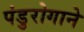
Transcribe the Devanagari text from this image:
पंडुरोगाने